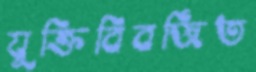
যুক্তিবিবর্জিত